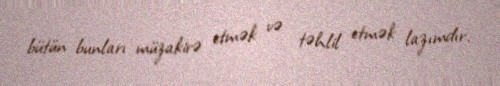
bütün bunları müzakirə etmək və təhlil etmək lazımdır.